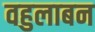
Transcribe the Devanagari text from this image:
वहुलाबन